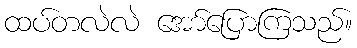
ထပ်တလဲလဲ အော်ပြောကြသည်။